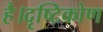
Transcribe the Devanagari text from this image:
है।दृष्टिकोण